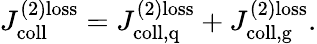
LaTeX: J_{\mathrm{coll}}^{(2){\mathrm{loss}}}=J_{\mathrm{coll,q}}^{(2){\mathrm{loss}}}+J_{\mathrm{coll,g}}^{(2){\mathrm{loss}}}.